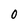
Character: 0